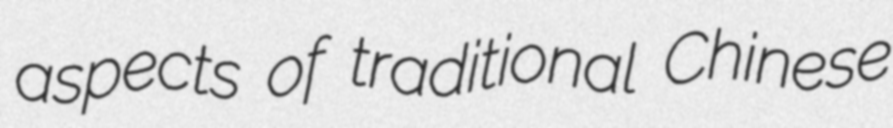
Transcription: aspects of traditional Chinese